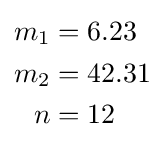
{\begin{aligned}m_{1}&=6.23\\m_{2}&=42.31\\n&=12\end{aligned}}